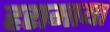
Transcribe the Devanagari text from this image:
हरामाया